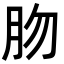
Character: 肳